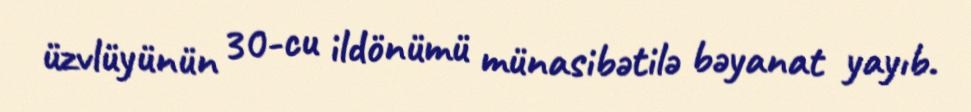
üzvlüyünün 30-cu ildönümü münasibətilə bəyanat yayıb.